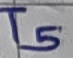
Text: T5